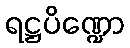
ရဋ္ဌပိဏ္ဍော